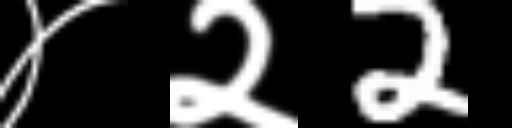
Text: ४२2